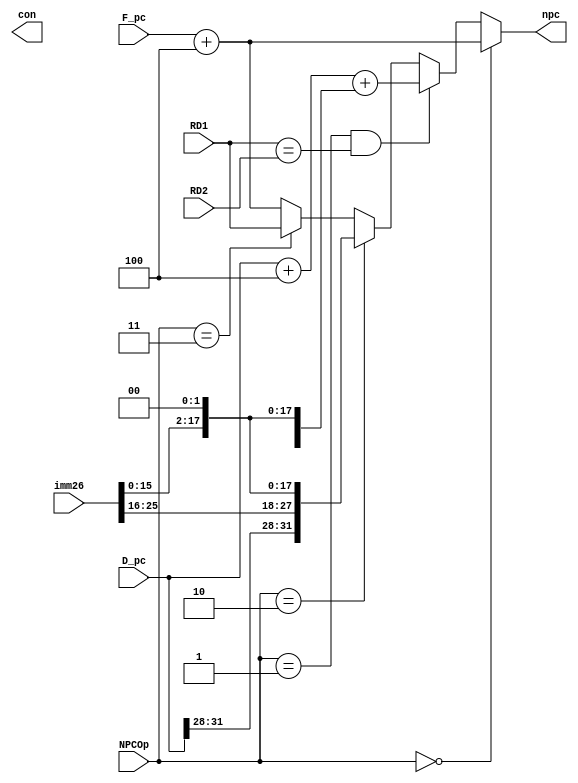
`timescale 1ns / 1ps
//////////////////////////////////////////////////////////////////////////////////
// Company: 
// Engineer: 
// 
// Design Name: 
// Module Name:    D_NPC 
// Project Name: 
// Target Devices: 
// Tool versions: 
// Description: 
//
// Dependencies: 
//
// Revision: 
// Revision 0.01 - File Created
// Additional Comments: 
//
//////////////////////////////////////////////////////////////////////////////////
module D_NPC(
    input [4:0] NPCOp,
    input [31:0] F_pc,
    input [31:0] D_pc,
    input [25:0] imm26,
    input [31:0] RD1,
    input [31:0] RD2,
    output [31:0] npc,
    output con
    );
    
    assign npc =
        (NPCOp==5'd0)? (F_pc+4):    //pc+4
        (NPCOp==5'd1 && RD1==RD2)? (D_pc+4+{{14{imm26[15]}}, imm26[15:0], 2'b00}):   //beq
        (NPCOp==5'd2)? {D_pc[31:28], imm26, 2'b00}:     //jal
        (NPCOp==5'd3)? RD1:     //jr
        F_pc+4;     // pc+4

endmodule